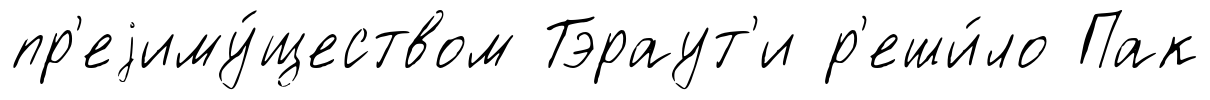
пр'еjиму́ществом Тэраут'и р'еши́ло Пак